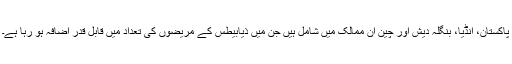
پاکستان، انڈیا، بنگلہ دیش اور چین ان ممالک میں‌ شامل ہیں‌ جن میں‌ ذیابیطس کے مریضوں کی تعداد میں قابل قدر اضافہ ہو رہا ہے۔